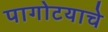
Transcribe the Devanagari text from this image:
पागोटयाचे